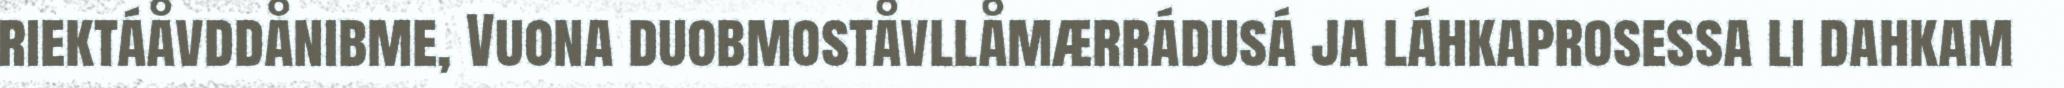
riektáåvddånibme, Vuona duobmoståvllåmærrádusá ja láhkaprosessa li dahkam